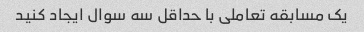
یک مسابقه تعاملی با حداقل سه سوال ایجاد کنید